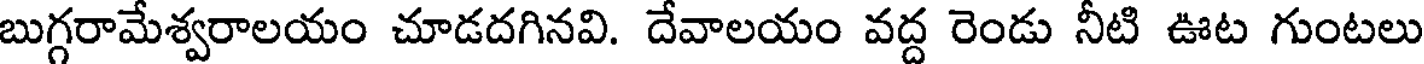
బుగ్గరామేశ్వరాలయం చూడదగినవి. దేవాలయం వద్ద రెండు నీటి ఊట గుంటలు